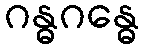
ဂန္ဓဂန္ဓေ